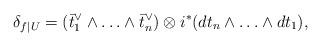
LaTeX: \begin{align*}\delta_{f|U}= (\bar{t}_1^\vee\wedge\ldots \wedge\bar{t}_n^\vee )\otimes i^*(dt_n\wedge\ldots\wedge dt_1),\end{align*}